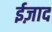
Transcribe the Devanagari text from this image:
ईज़ाद